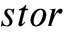
s t o r